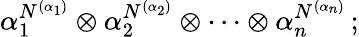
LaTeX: \alpha_{1}^{N^{(\alpha_{1})}}\otimes\alpha_{2}^{N^{(\alpha_{2})}}\otimes\cdots\otimes\alpha_{n}^{N^{(\alpha_{n})}}\, ;